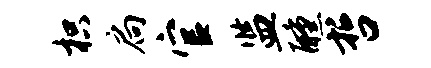
枳扃官监醺哲